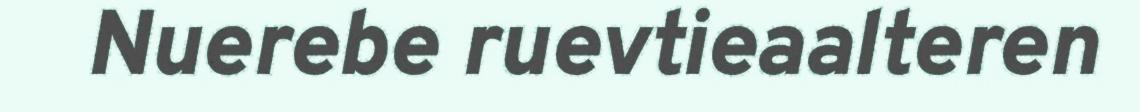
Nuerebe ruevtieaalteren